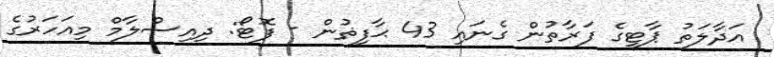
އަދާލަތު ޕާޓީގެ ފަރާތުން ގެނައި 43 ޙާފިޡުން - ފޮޓޯ: ދިއިސްލާމް މިއަހަރުގެ